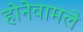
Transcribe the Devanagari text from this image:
होनेवामले